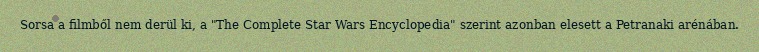
Sorsa a filmből nem derül ki, a "The Complete Star Wars Encyclopedia" szerint azonban elesett a Petranaki arénában.